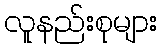
လူနည်းစုများ